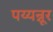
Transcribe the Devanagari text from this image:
पय्यन्नूर